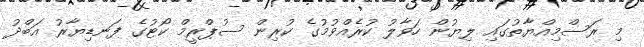
މި ރަސްމިއްޔާތުގައި ލިޔުން ހަވާލު ކުރެއްވުމުގެ ކުރިން ސުޕްރީމް ކޯޓުގެ ފަނޑިޔާރު އަބްދު